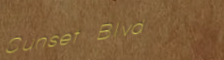
Sunset Blvd